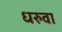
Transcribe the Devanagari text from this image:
धरुवा